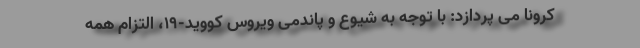
کرونا می پردازد: با توجه به شیوع و پاندمی ویروس کووید-۱۹، التزام همه